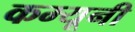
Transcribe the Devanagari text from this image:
कम्यूनी